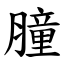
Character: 膧